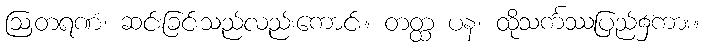
ဩတရဏံ၊ ဆင်းခြင်းသည်လည်းကောင်း။ တတ္ထ ပန၊ ထိုသင်္ကဿပြည်၌ကား။